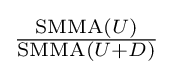
{\tfrac {{\text{SMMA}}(U)}{{\text{SMMA}}(U+D)}}